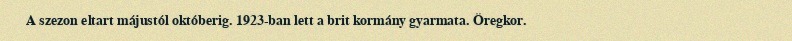
A szezon eltart májustól októberig. 1923-ban lett a brit kormány gyarmata. Öregkor.